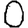
Digit: 0